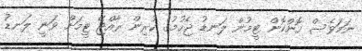
ނަމަވެސް ހޮންކޮން ޓީމުން ލަނޑު ޖެހުމުގެ ކުރިން ރާއްޖޭ ޓީމަށް ވަނީ ލަނޑު